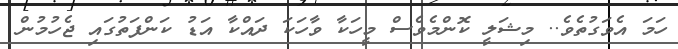
ހަމަ އެވަގުތެވެ.. މިޝަލީ ކޮންމެވެސް މީހަކާ ވާހަކަ ދައްކާ އަޑު ކަންފަތުގައި ޖެހުމުން